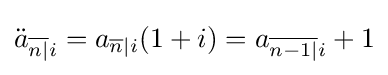
{\ddot {a}}_{{\overline {n|}}i}=a_{{\overline {n}}|i}(1+i)=a_{{\overline {n-1|}}i}+1